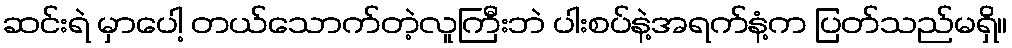
ဆင်းရဲ မှာပေါ့ တယ်သောက်တဲ့လူကြီးဘဲ ပါးစပ်နဲ့အရက်နံ့က ပြတ်သည်မရှိ။